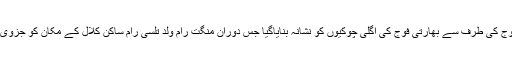
نوشہرہ میں پاکستانی فوج کی طرف سے بھارتی فوج کی اگلی چوکیوں کو نشانہ بنایاگیا جس دوران منگت رام ولد تلسی رام ساکن کلال کے مکان کو جزوی طور پر نقصان پہنچا ۔